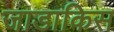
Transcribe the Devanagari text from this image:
जाडाकिस